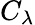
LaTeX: C_{\lambda}